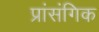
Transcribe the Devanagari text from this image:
प्रांसंगिक